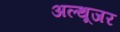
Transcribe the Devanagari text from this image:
अल्थूजर